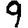
Digit: 9